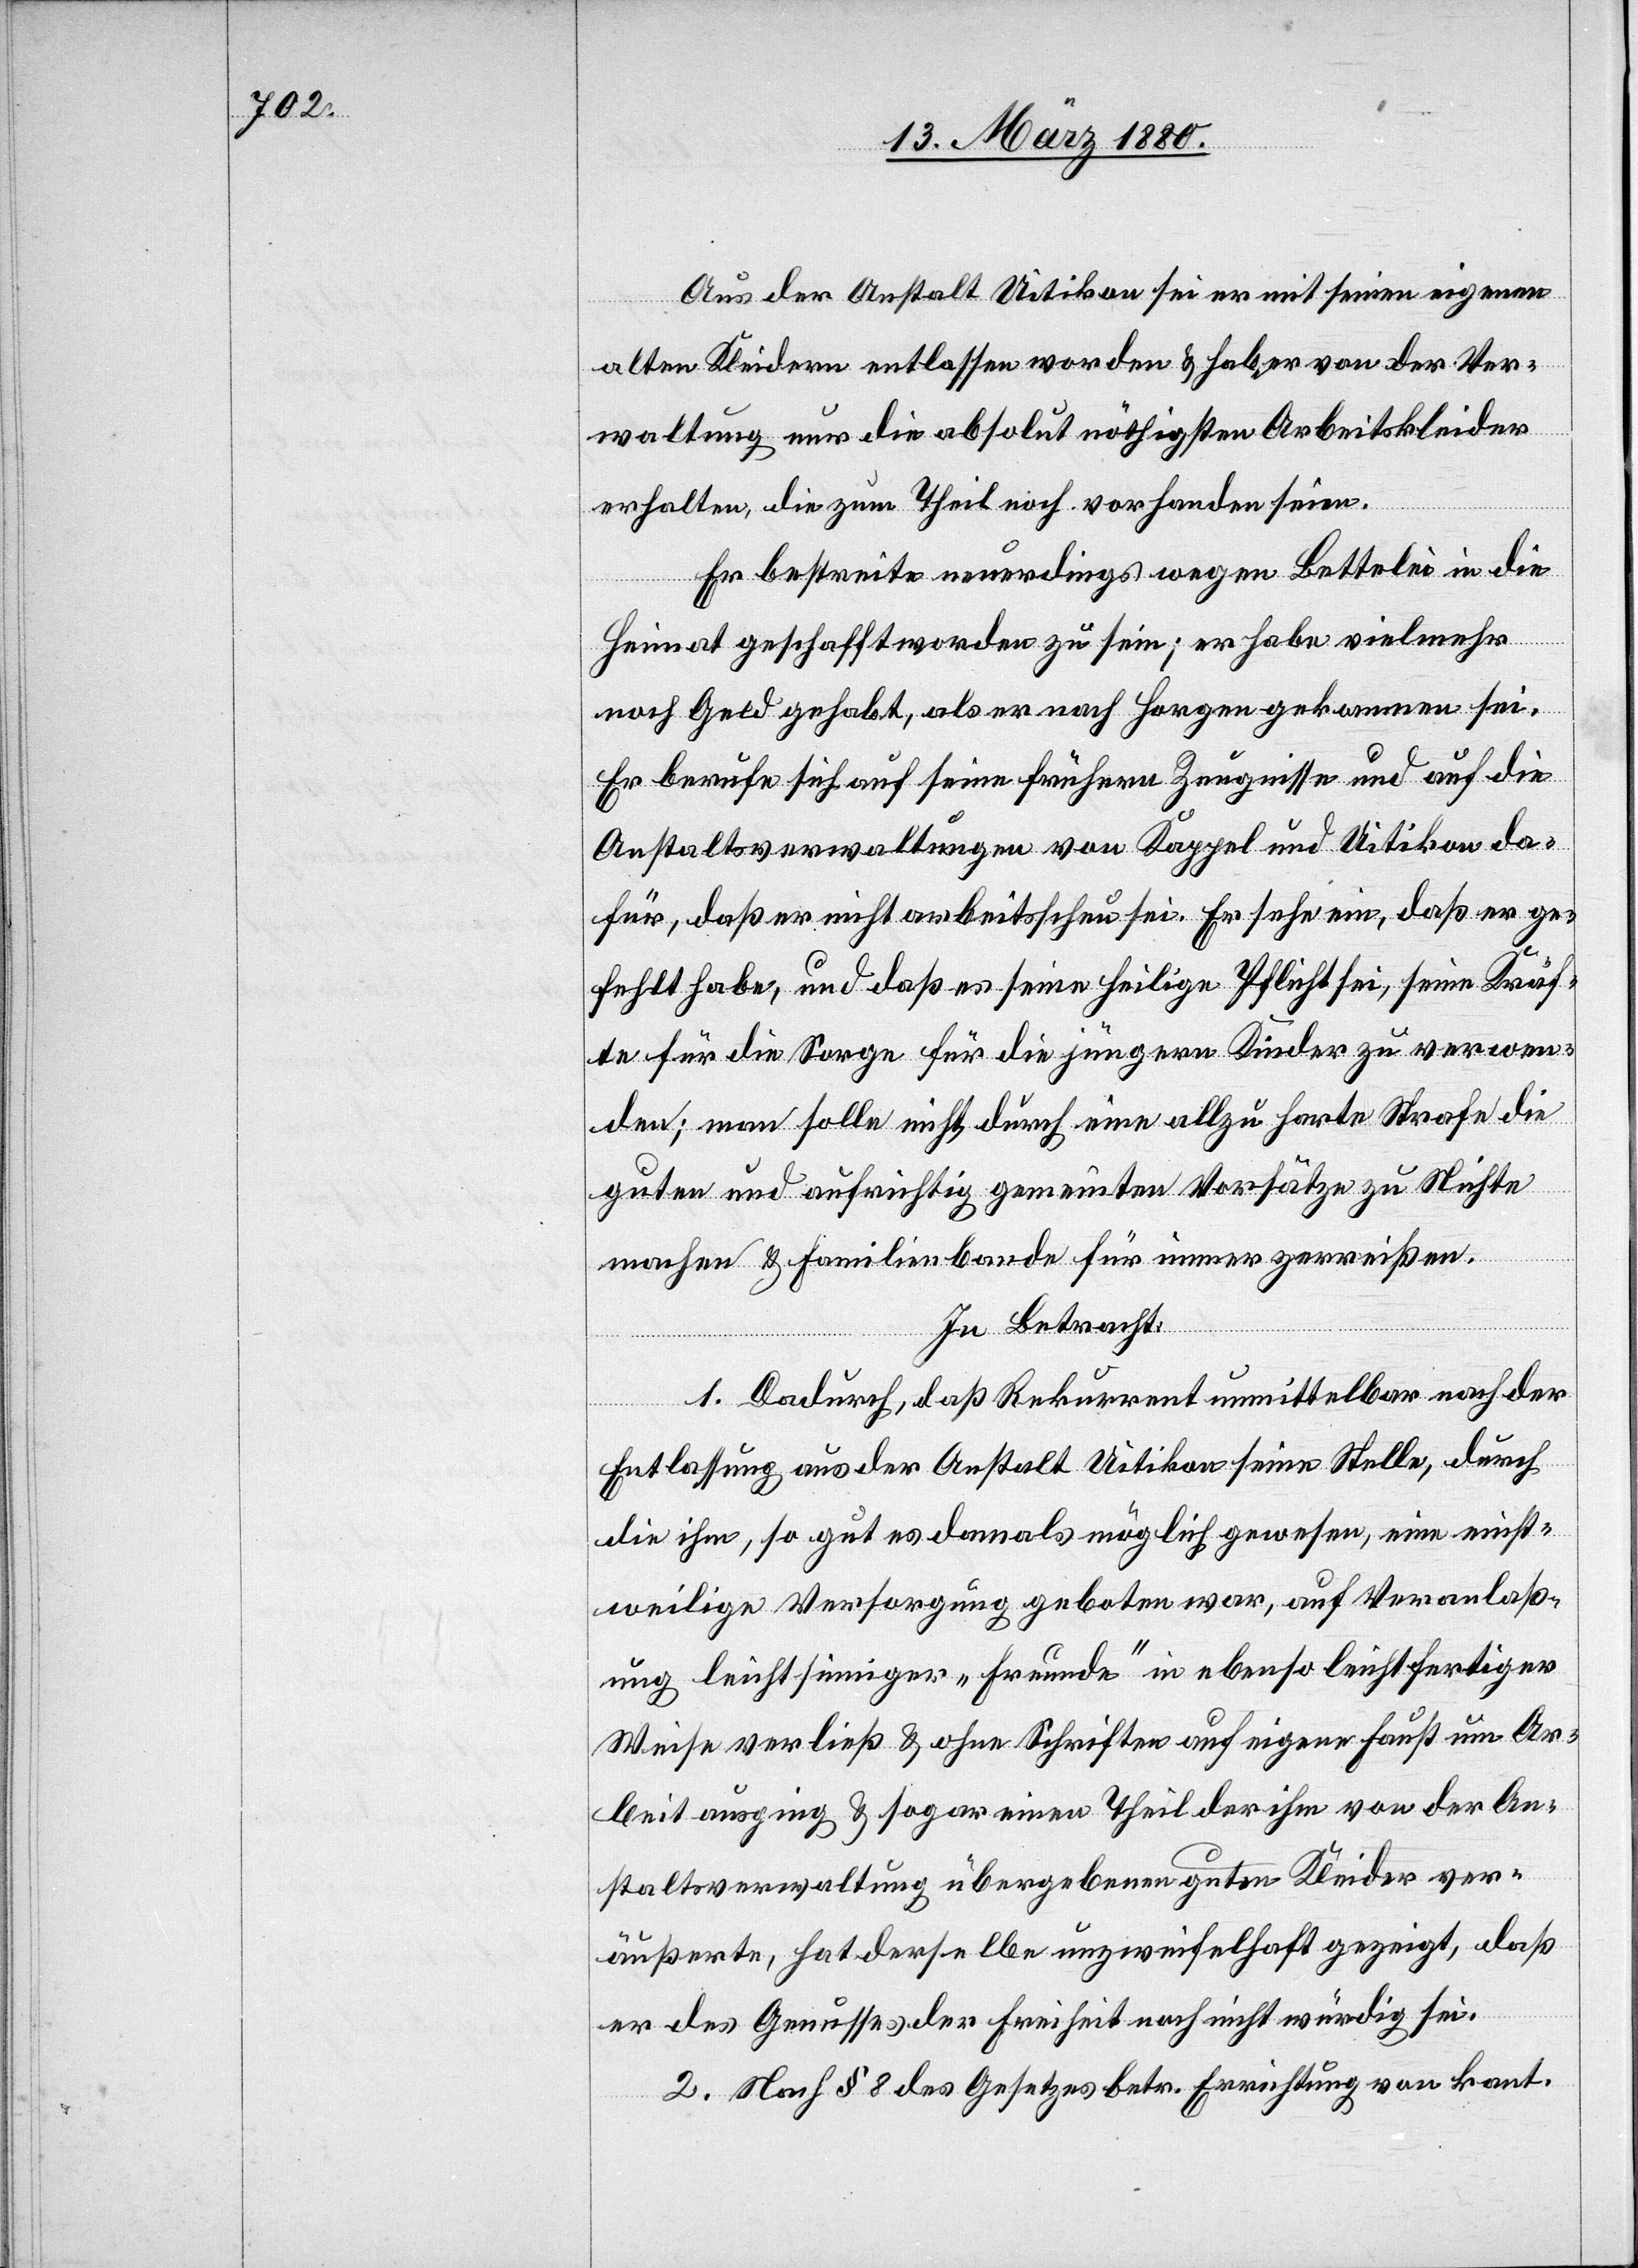
Aus der Anstalt Uitikon sei er mit seinen eigenen
alten Kleidern entlassen worden & habe er von der Ver¬
waltung nur die absolut nöthigsten Arbeitskleider
erhalten, die zum Theil noch vorhanden seien.
Er bestreite neuerdings wegen Bettelei in die
Heimat geschafft worden zu sein; er habe vielmehr
noch Geld gehabt, als er nach Horgen gekommen sei.
Er berufe sich auf seine frühern Zeugnisse und auf die
Anstaltsverwaltungen von Kappel und Uitikon da¬
für, daß er nicht arbeitsscheu sei. Er sehe ein, daß er ge¬
fehlt habe, und daß es seine heilige Pflicht sei, seine Kräf¬
te für die Sorge für die jüngern Kinder zu verwen¬
den; man solle nicht durch eine allzu harte Strafe die
guten und aufrichtig gemeinten Vorsätze zu Nichte
machen & Familienbande für immer zerreißen.
In Betracht:
1. Dadurch, daß Rekurrent unmittelbar nach der
Entlassung aus der Anstalt Uitikon seine Stelle, durch
die ihm, so gut es damals möglich gewesen, eine einst¬
weilige Versorgung geboten war, auf Veranlaß¬
ung leichtsinniger „Freunde“ in ebenso leichtfertiger
Weise verließ & ohne Schriften auf eigene Faust um Ar¬
beit ausging & sogar einen Theil der ihm von der An¬
staltsverwaltung übergebenen Kleider ver¬
äußerte, hat derselbe unzweifelhaft gezeigt, daß
er des Genusses der Freiheit noch nicht würdig sei.
2. Nach § 8 des Gesetzes betr. Errichtung von kant.